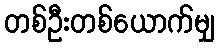
တစ်ဦးတစ်ယောက်မျှ